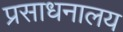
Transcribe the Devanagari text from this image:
प्रसाधनालय